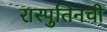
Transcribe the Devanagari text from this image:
रास्पुतिनची